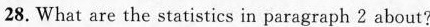
28. What are the statistics in paragraph 2about?